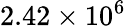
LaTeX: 2.42\times 10^{6}